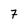
Character: 7